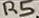
Text: R5